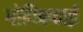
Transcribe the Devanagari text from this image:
गोपिकबाई